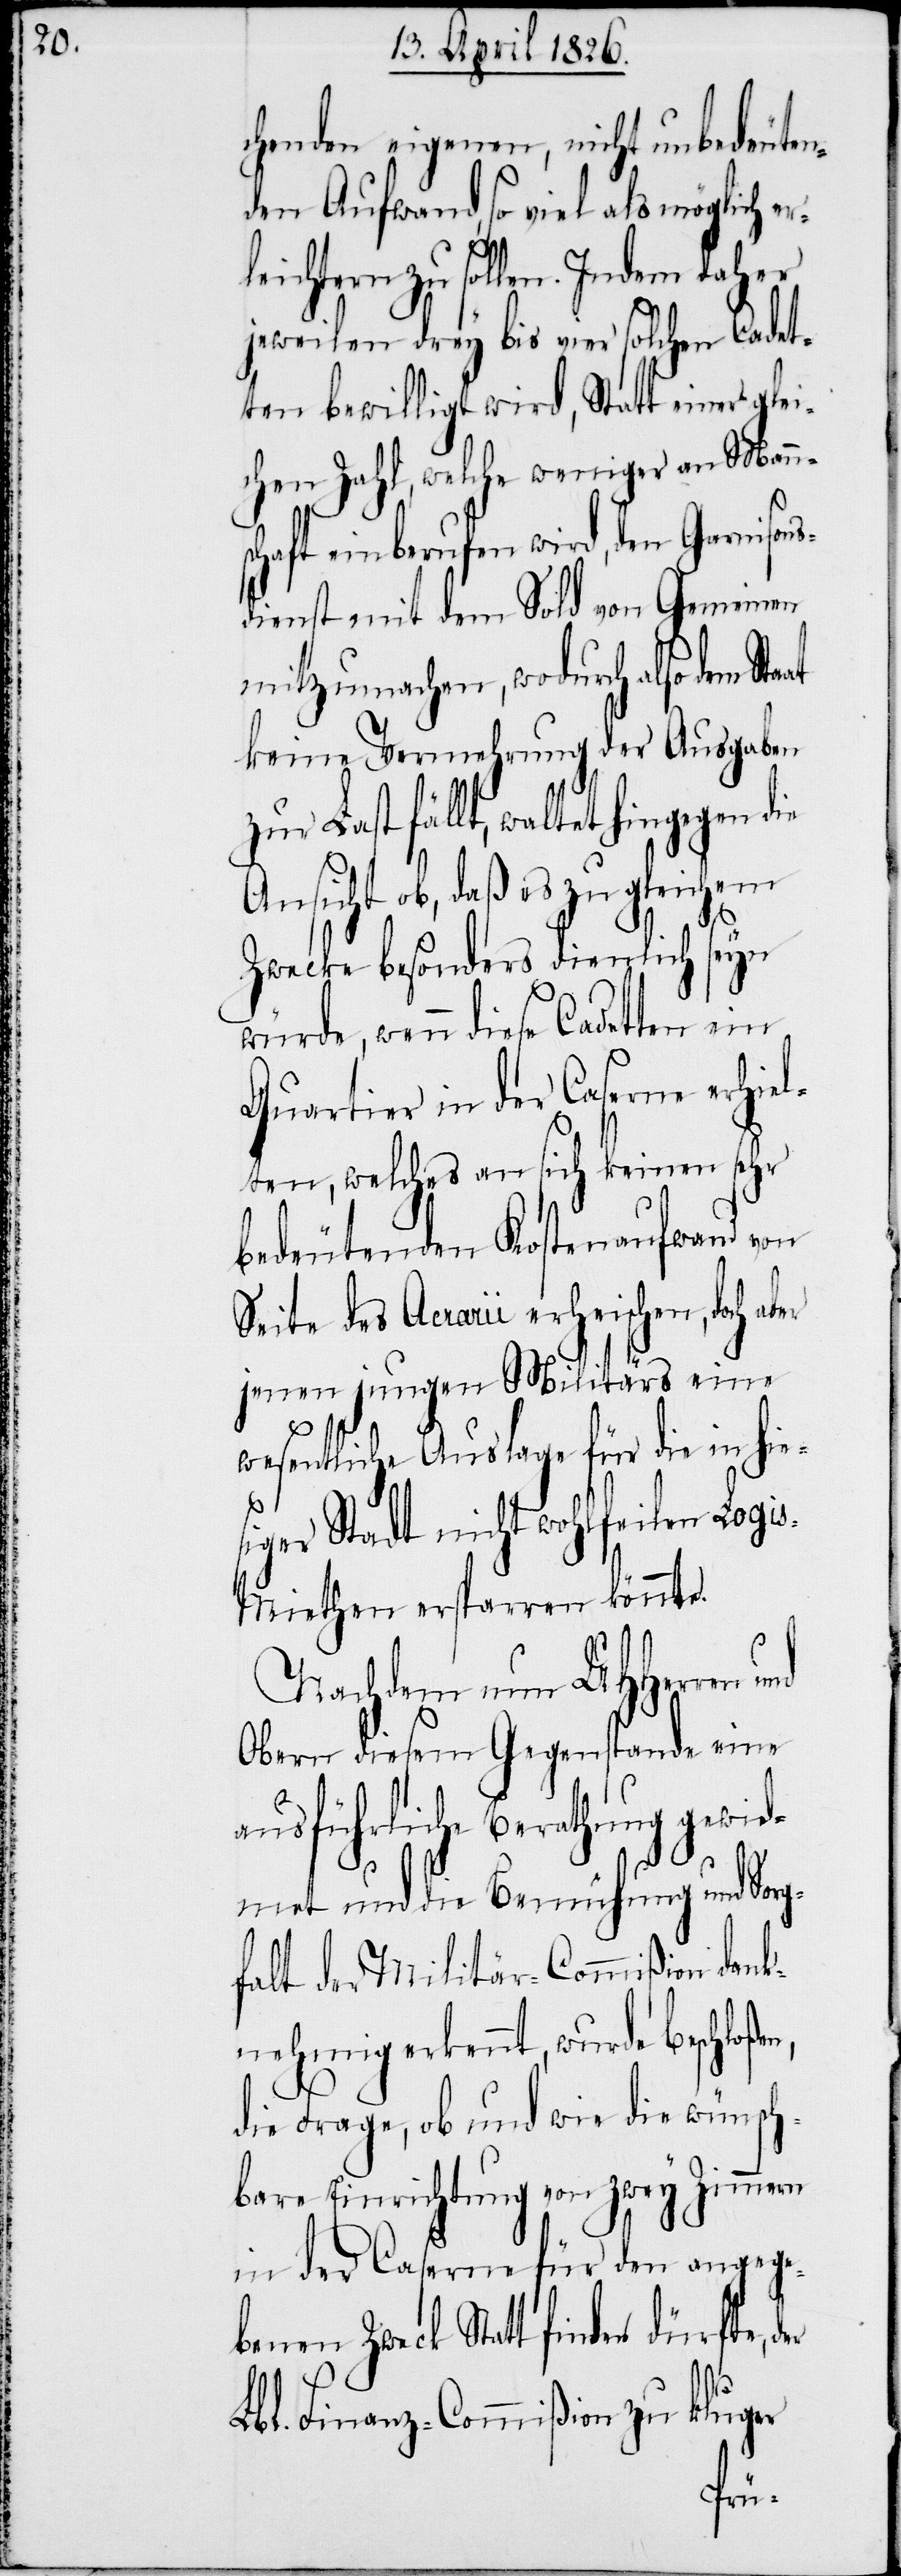
chenden eigenen, nicht unbedeuten¬
den Aufwand, so viel als möglich e¬
leichtern zu sollen. Indem daher
jeweilen drey bis vier solchen Cadet¬
ten bewilligt wird, Statt einer glei¬
chen Zahl, welche weniger an Mann¬
der
schaft einberufen wird, den Garnisons¬
dienst mit dem Sold von Gemeinen
mitzumachen, wodurch also dem Sta¬
keine Vermehrung der Ausgaben
Last fällt, waltet hingegen
Ansicht ob, daß es zu gleichem
Zwecke besonders dienlich seyn
würde, wenn diese Cadetten
Quartier in der Caserne erhiel¬
ten, welches an sich keinen sehr
bedeutenden Kostenaufwand von
Seite des Acrarii erheischen, doch
jenen jungen Militärs eine
wesentliche Auslage für die in hie¬
siger Stadt nicht wohlfeilen Logi¬
s-Miethen ersparren könnte.
Nach dem um UHHerren
Obern diesem Gegenstande eine
ausführliche Berathung gewid¬
met und die Bemühung und Sorg¬
falt der Militär-Commißion dank¬
nehmig erkennt, wurde beschloße¬
die Frage, ob und wie die wünsch¬
bare Einrichtung von zwey Zimmern
in der Caserne für den angege¬
benen Zweck Statt finden dürfte,
Lbl. Finanz-Commißion zu kluger
r¬